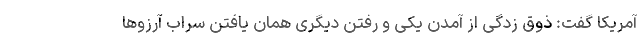
آمریکا گفت: ذوق زدگی از آمدن یکی و رفتن دیگری همان یافتن سراب آرزوها